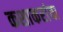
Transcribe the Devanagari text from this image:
कशाकरांचा